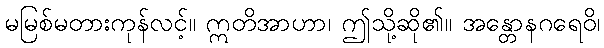
မမြစ်မတားကုန်လင့်။ ဣတိအာဟာ၊ ဤသို့ဆို၏။ အန္တောနဂရေဝိ၊